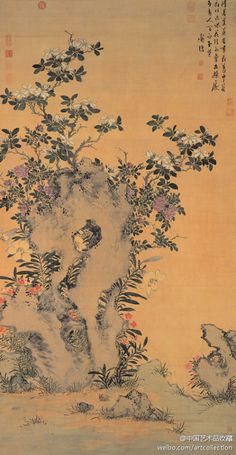
陌上深深，依旧年时辙。